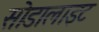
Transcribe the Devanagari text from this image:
सोडालाइट